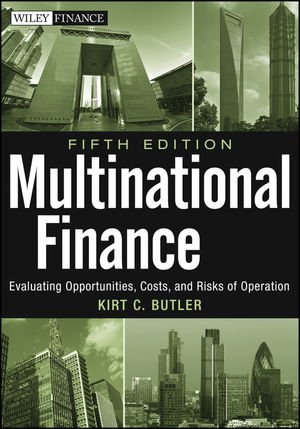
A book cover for Multinational Finance: Evaluating Opportunities, Costs, and Risks of Operations; Kirt C. Butler; Business & Money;